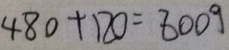
4 8 0 + 1 2 0 = 8 0 0 9